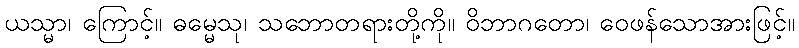
ယသ္မာ၊ ကြောင့်။ ဓမ္မေသု၊ သဘောတရားတို့ကို။ ဝိဘာဂတော၊ ဝေဖန်သောအားဖြင့်။